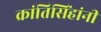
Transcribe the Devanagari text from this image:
क्रांतिसिंहांनी